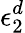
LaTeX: \epsilon_{2}^{d}